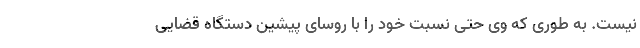
نیست. به طوری که وی حتی نسبتِ خود را با روسای پیشینِ دستگاه قضایی